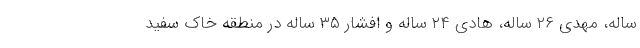
ساله، مهدی ۲۶ ساله، هادی ۲۴ ساله و افشار ۳۵ ساله در منطقه خاک سفید